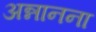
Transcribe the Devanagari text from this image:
अन्नानना